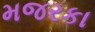
મજરકા